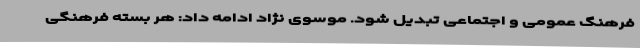
فرهنگ عمومی و اجتماعی تبدیل شود. موسوی نژاد ادامه داد: هر بسته فرهنگی